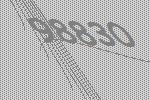
98830